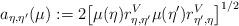
LaTeX: \begin{align*}a_{\eta,\eta'}(\mu):=2\bigl[\mu(\eta)r^V_{\eta,\eta'}\mu(\eta')r^V_{\eta',\eta}\bigr]^{1/2}\end{align*}